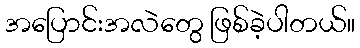
အပြောင်းအလဲတွေ ဖြစ်ခဲ့ပါတယ်။